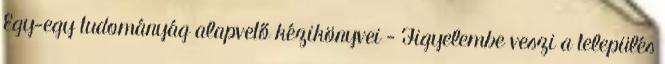
Egy-egy tudományág alapvető kézikönyvei - Figyelembe veszi a település